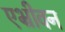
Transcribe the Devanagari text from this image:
एभ्रीवन